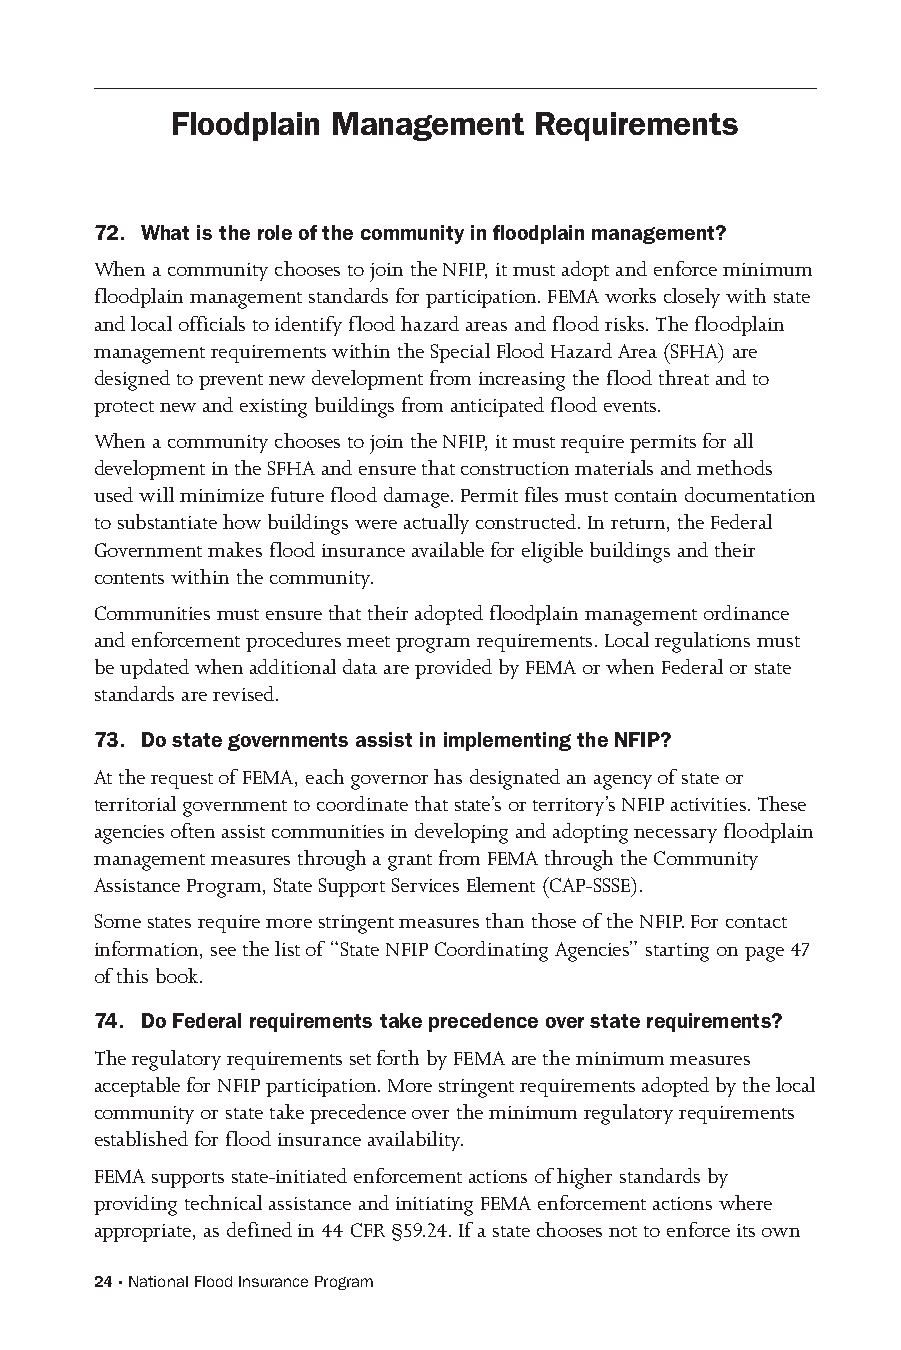
Floodplain Management   Requirements
 72. What is the role of the community in floodplain management?
 When a community chooses to join the NFIP, it must adopt and enforce minimum
 floodplain management standards for participation. FEMA works closely with state
 and local officials to identify flood hazard areas and flood risks. The floodplain
 management requirements within the Special Flood Hazard Area (SFHA) are
 designed to prevent new development from increasing the flood threat and to
 protect new and existing buildings from anticipated flood events.
 When a community chooses to join the NFIP, it must require permits for all
 development in the SFHA and ensure that construction materials and methods
 used will minimize future flood damage. Permit files must contain documentation
 to substantiate how buildings were actually constructed. In return, the Federal
 Government makes flood insurance available for eligible buildings and their
 contents within the community.
 Communities must ensure that their adopted floodplain management ordinance
 and enforcement procedures meet program requirements. Local regulations must
 be updated when additional data are provided by FEMA or when Federal or state
 standards are revised.
 73. Do state governments assist in implementing the NFIP?
 At the request of FEMA, each governor has designated an agency of state or
 territorial government to coordinate that state’s or territory’s NFIP activities. These
 agencies often assist communities in developing and adopting necessary floodplain
 management measures through a grant from FEMA through the Community
 Assistance Program, State Support Services Element (CAP-SSSE).
 Some states require more stringent measures than those of the NFIP. For contact
 information, see the list of “State NFIP Coordinating Agencies” starting on page 47
 of this book.
 74. Do Federal requirements take precedence over state requirements?
 The regulatory requirements set forth by FEMA are the minimum measures
 acceptable for NFIP participation. More stringent requirements adopted by the local
 community or state take precedence over the minimum regulatory requirements
 established for flood insurance availability.
 FEMA supports state-initiated enforcement actions of higher standards by
 providing technical assistance and initiating FEMA enforcement actions where
 appropriate, as defined in 44 CFR §59.24. If a state chooses not to enforce its own
 24 · National Flood Insurance Program